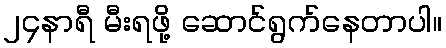
၂၄နာရီ မီးရဖို့ ဆောင်ရွက်နေတာပါ။